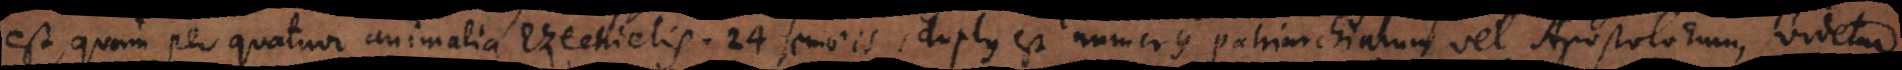
est, quam per quatuor animalia Ezechielis. 24 seniores, duplus est numerus Patriarchiarum vel Apostolorum, videtur